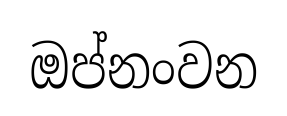
ඔප්නංවන